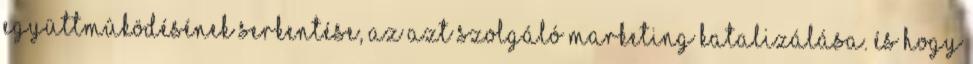
együttmûködésének serkentése, az azt szolgáló marketing katalizálása. És hogy